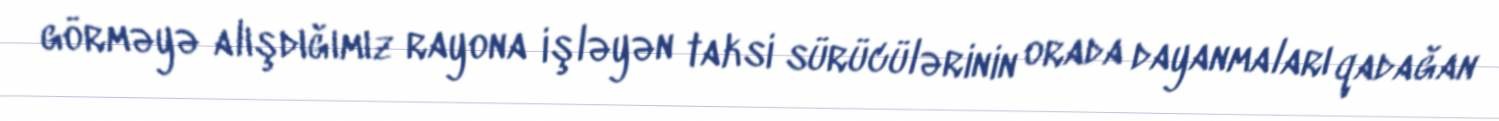
görməyə alışdığımız rayona işləyən taksi sürücülərinin orada dayanmaları qadağan